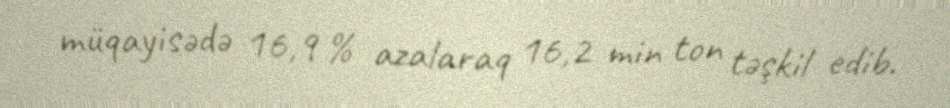
müqayisədə 16,9 % azalaraq 16,2 min ton təşkil edib.